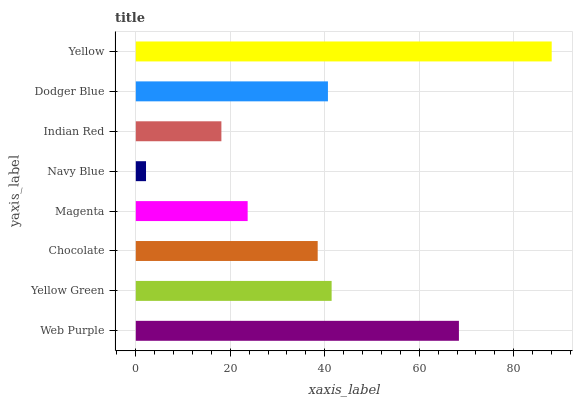
| yaxis_label | bars |
 | --- | --- |
 | Web Purple | 68.4 |
 | Yellow Green | 41.5 |
 | Chocolate | 38.5 |
 | Magenta | 23.7 |
 | Navy Blue | 2.16 |
 | Indian Red | 18.1 |
 | Dodger Blue | 40.7 |
 | Yellow | 88 |